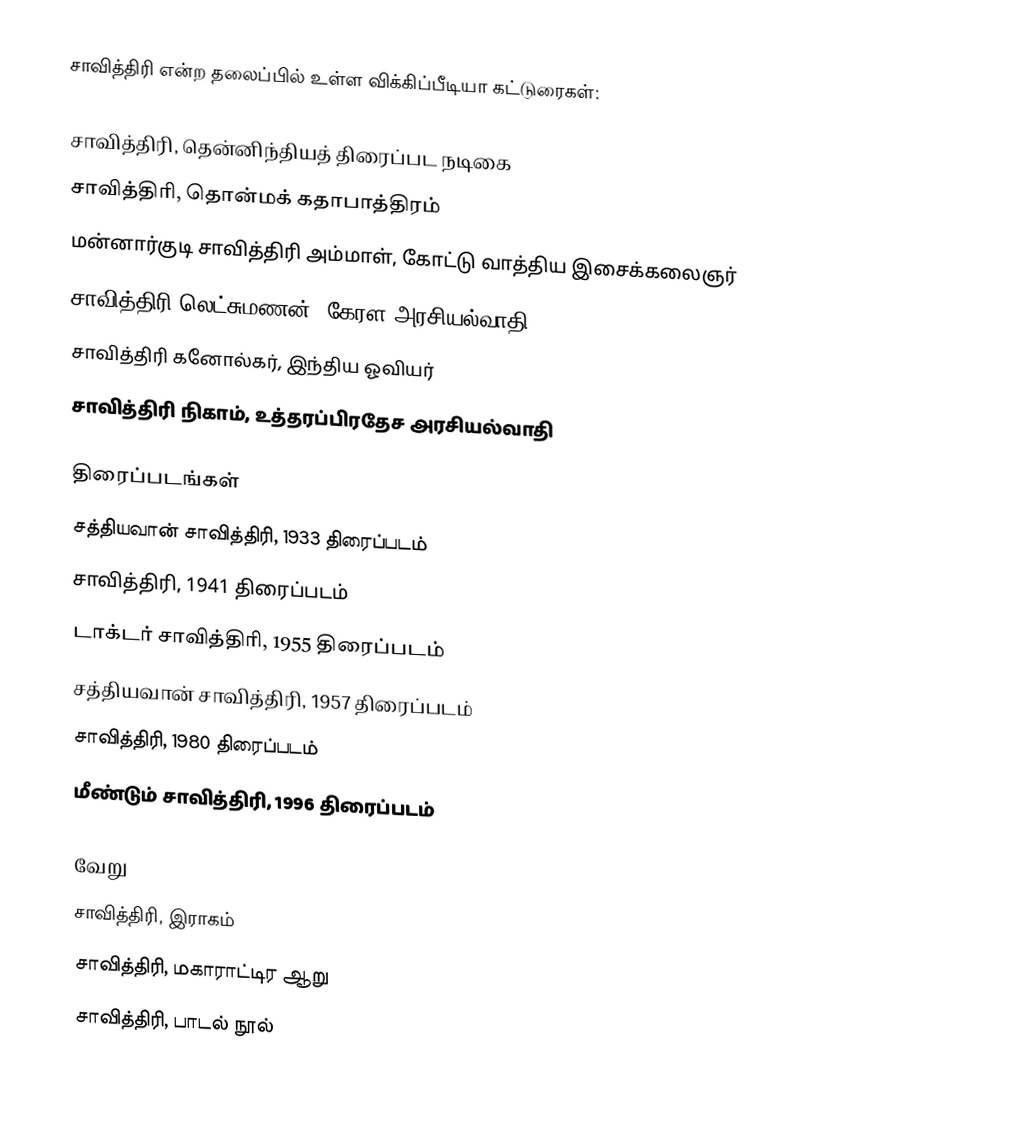
சாவித்திரி என்ற தலைப்பில் உள்ள விக்கிப்பீடியா கட்டுரைகள்:

 சாவித்திரி, தென்னிந்தியத் திரைப்பட நடிகை
 சாவித்திரி, தொன்மக் கதாபாத்திரம்
 மன்னார்குடி சாவித்திரி அம்மாள், கோட்டு வாத்திய இசைக்கலைஞர்
 சாவித்திரி லெட்சுமணன், கேரள அரசியல்வாதி
 சாவித்திரி கனோல்கர், இந்திய ஓவியர்
 சாவித்திரி நிகாம், உத்தரப்பிரதேச அரசியல்வாதி

திரைப்படங்கள்
 சத்தியவான் சாவித்திரி, 1933 திரைப்படம்
 சாவித்திரி, 1941 திரைப்படம்
 டாக்டர் சாவித்திரி, 1955 திரைப்படம்
 சத்தியவான் சாவித்திரி, 1957 திரைப்படம்
 சாவித்திரி, 1980 திரைப்படம்
 மீண்டும் சாவித்திரி, 1996 திரைப்படம்

வேறு
 சாவித்திரி, இராகம்
 சாவித்திரி, மகாராட்டிர ஆறு
 சாவித்திரி, பாடல் நூல்